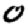
Digit: 0